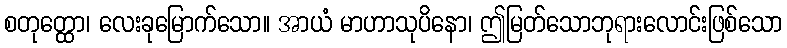
စတုတ္ထော၊ လေးခုမြောက်သော။ အာယံ မာဟာသုပိနော၊ ဤမြတ်သောဘုရားလောင်းဖြစ်သော